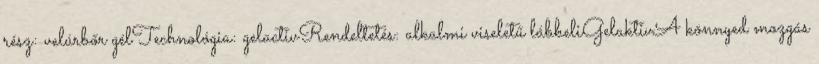
rész: velúrbőr gélTechnológia: gelactivRendeltetés: alkalmi viseletű lábbeliGelaktivA könnyed mozgás